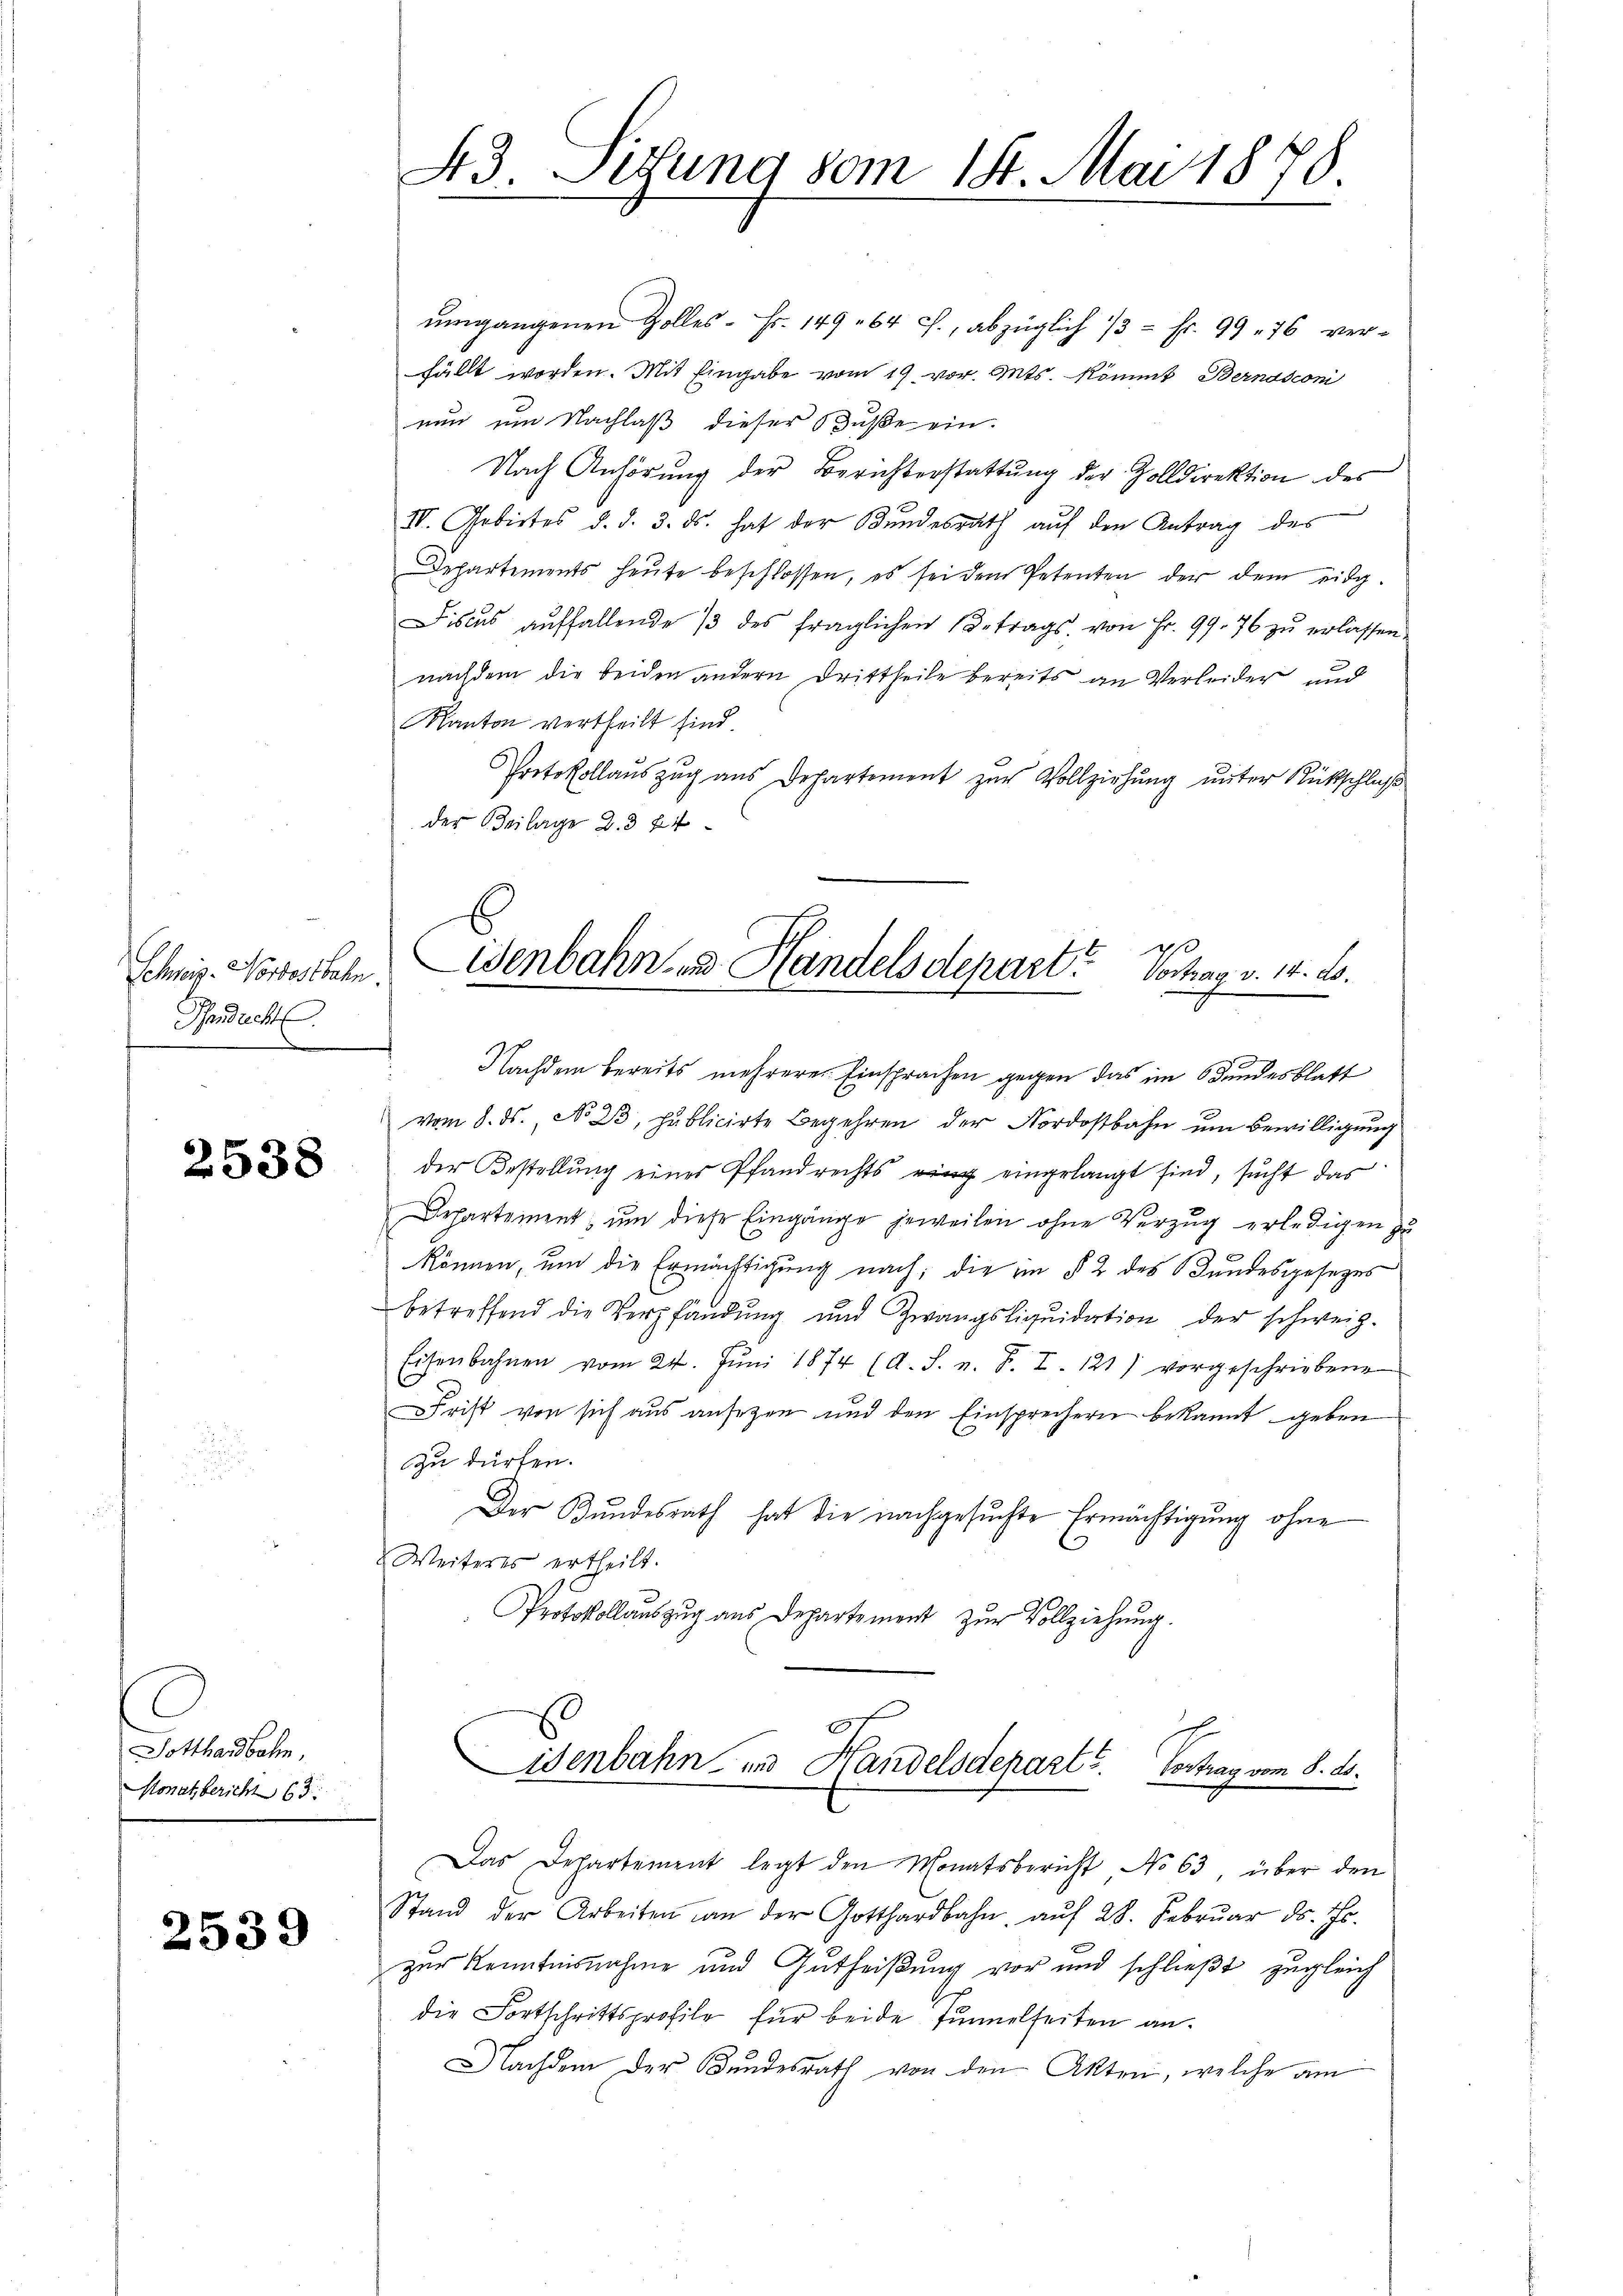
Schweiz. Nordostbahn
Hendricht

2538

Gotthardbahn,
Monat bericht 63

2539

ŭmgangenen Zolles - Fr. 149. 64 f., abzüglich 13 = Fr. 99 76 ver-
fällt worden. Mit Eingabe vom 19. vor. Mts. Kömmt Bernasconi
nun um Nachlaß dieser Buße ein.
Nach Anhörung der Berichterstattung der Zolldirektion des
IV. Gebietes d. d. 3. ds. hat der Bundesrath auf den Antrag des
Departements heute beschlossen, es sei dem Petenten der dem eidg.
Fiscus aŭffallende 13 des fraglichen Betrags von Fr. 99. 76 zŭ erlassen.
nachdem die beiden andern Drittheile bereits an Verleider und
Kanton vertheilt sind
Protokollaŭszŭg aŭs Departement zŭr Vollziehŭng ŭnter Rückschlŭβ
der Beilage 2. 374

43. Sitzung vom 14. Mai 1878.

p
ienbahn zu Handelsdepart. Vortrag v. 14. ds.
Nachdem bereits mehrerer Einsprachen gegen das im Bundesblatt

vom 8. ds., No 23, publicirte Begehren der Nordostbahn um Bewilligung
der Bestellŭng einer Pfandrechts in eingelangt sind, sucht das
Departement, um diese Eingänge jeweilen ohne Verzug erledigen zu
können, ŭm die Ermächtigŭng nach; die im § 2 des Bundesgesezes
betreffend die Verpfandung und Zwangsliqŭidation der schweiz.
Eisenbahnen vom 24. Jŭni 1874 (d. S. n. F. I. 121) vorgeschriebene
Frist von sich aus ansezen und den Einsprechern bekannt geben
zu dürfen.
Der Bundesrath hat die nachgesuchte Ermächtigung ohne
Weiteres ertheilt.
Protokollauszug aus Departement zur Vollziehung.
.
Eisenbahn, und Handelsdeparts. Vertrag vom 8. d.
Das Departement legt den Monatsbericht No 63, über den
Stand der Arbeiten an der Gotthardbahn aŭf 28. Februar d. Js.
zur Kenntnisnahme und Gutheißung vor und schließt zugleich
die Fortschrittsprofile für beide funnelseiten an.
Nachdem der Bundesrath von den Akten, welche am